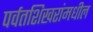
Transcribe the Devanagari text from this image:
पर्वतशिखरांमधील